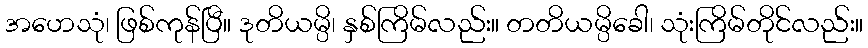
အဟေသုံ၊ ဖြစ်ကုန်ပြီ။ ဒုတိယမ္ပိ၊ နှစ်ကြိမ်လည်း။ တတိယမ္ပိခေါ၊ သုံးကြိမ်တိုင်လည်း။